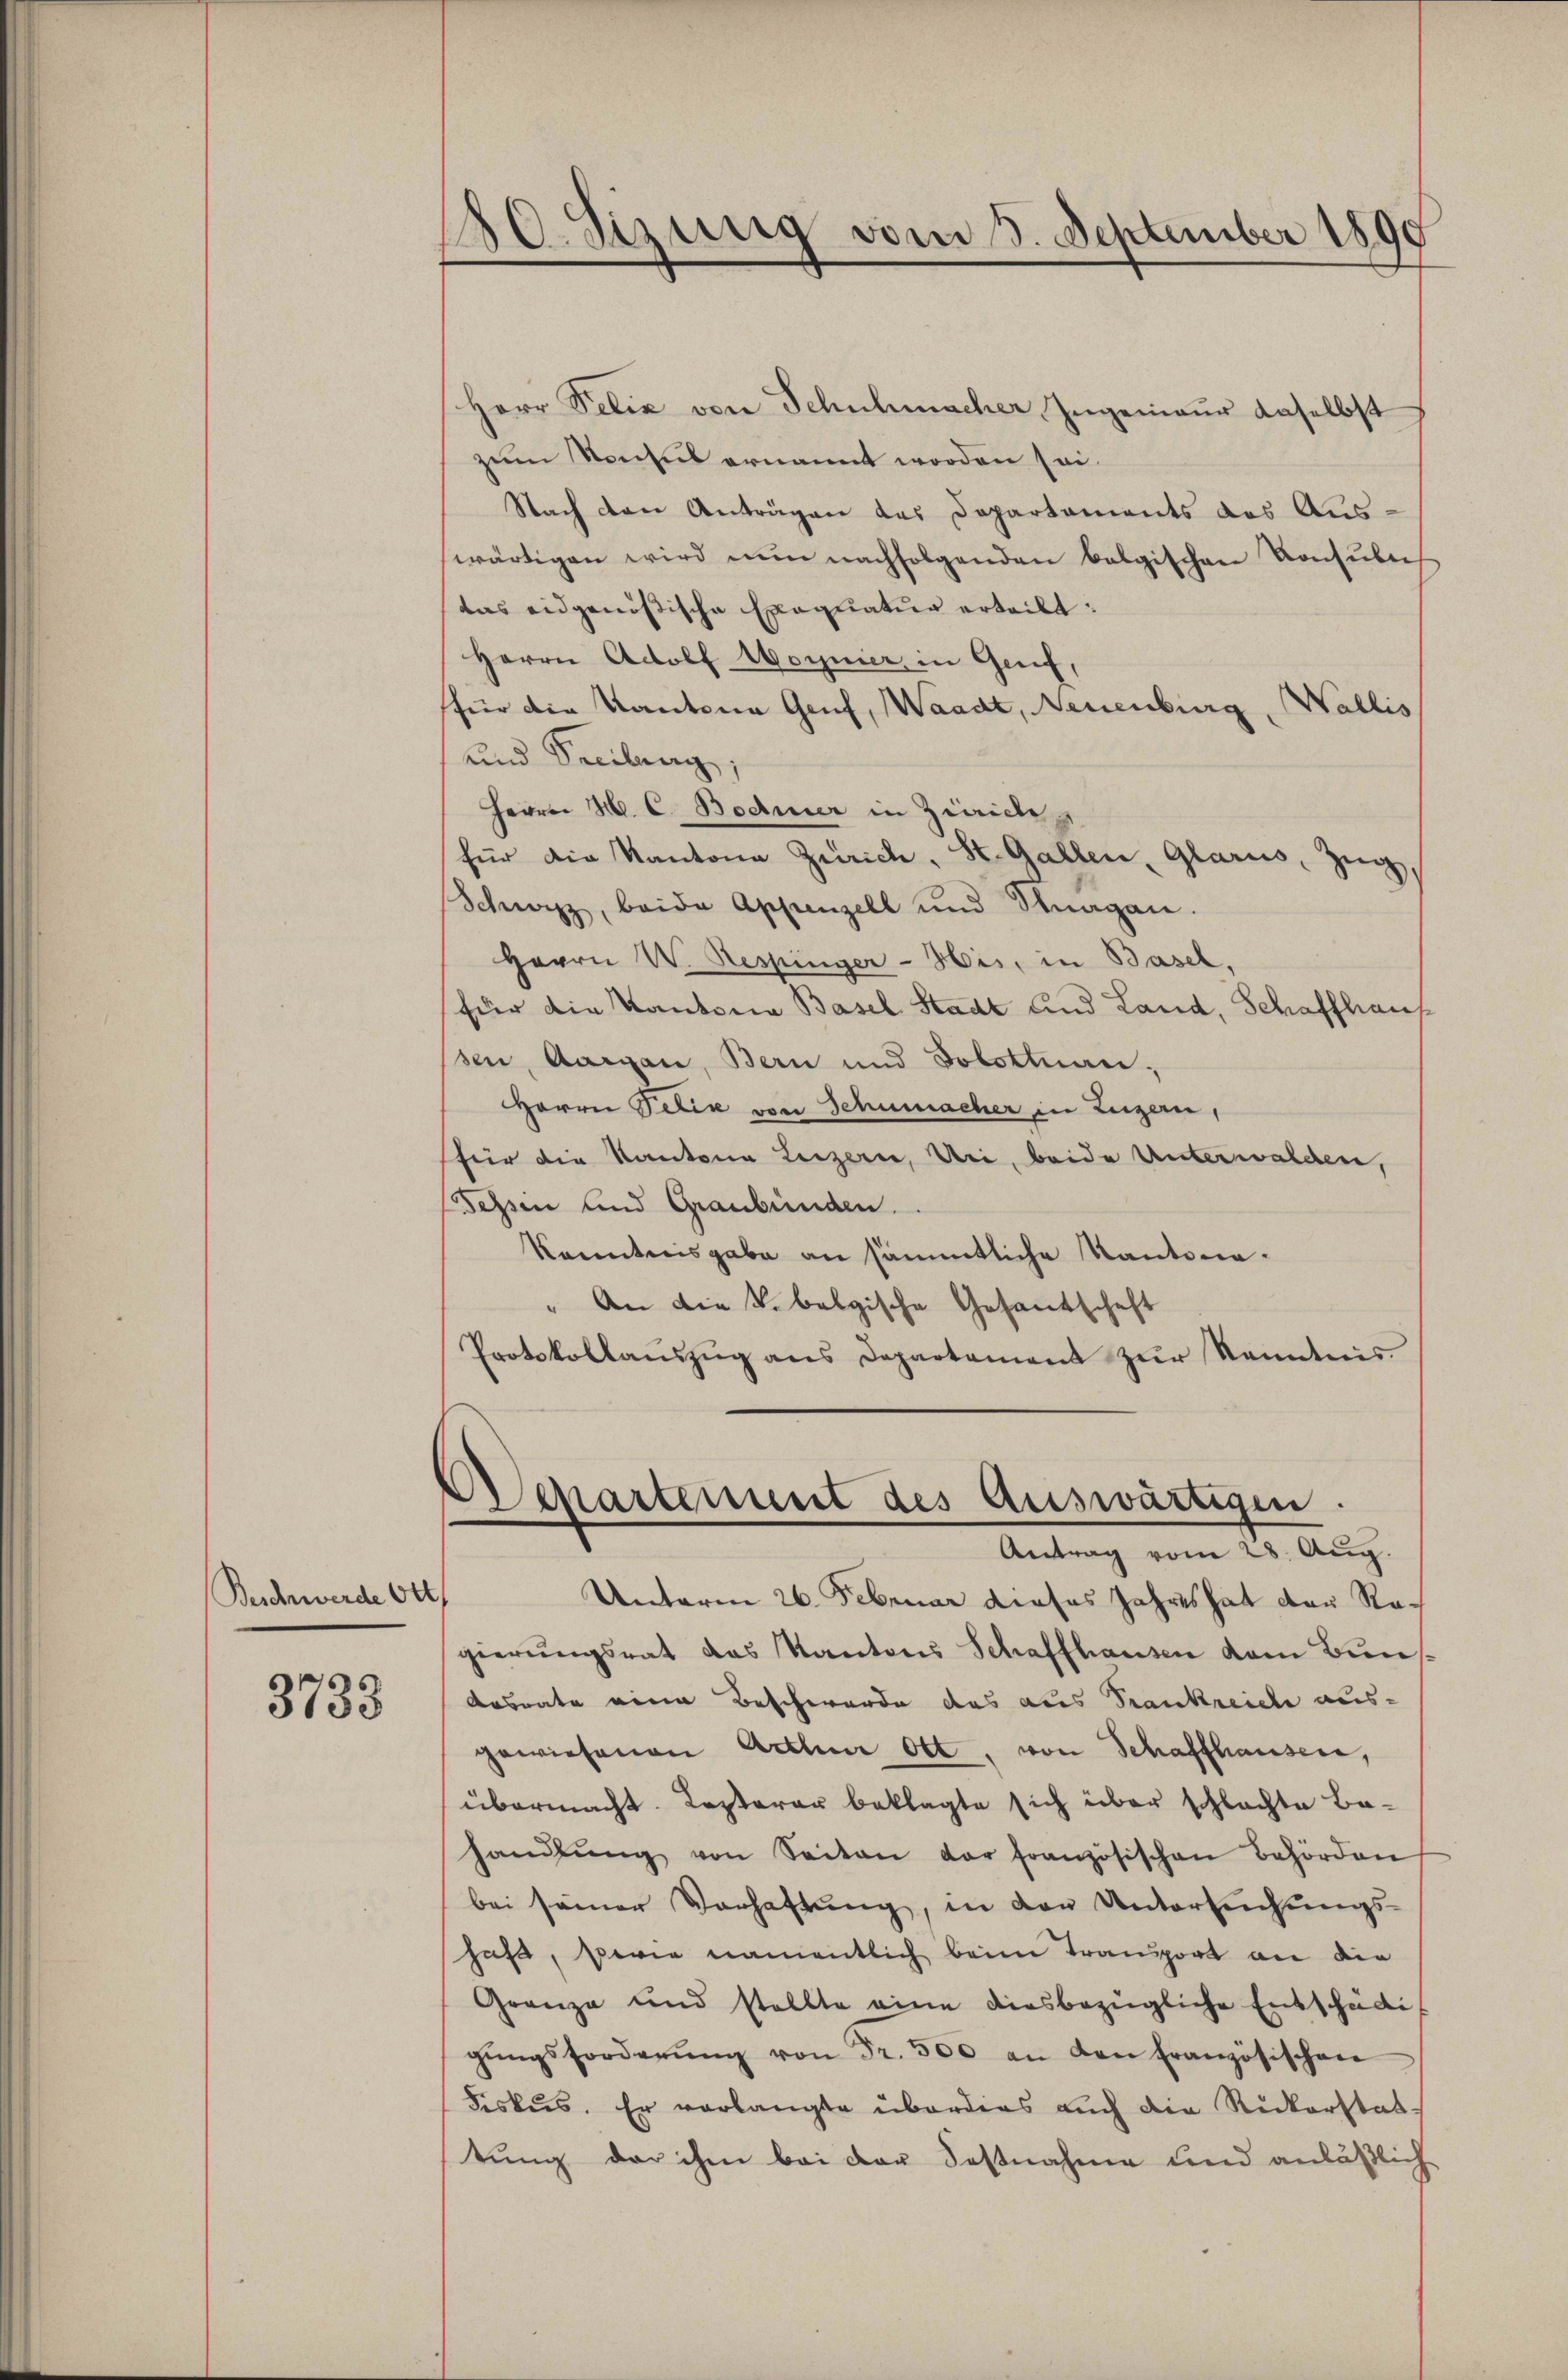
Beschwerde Ott

3733

180. Sizung vom 3. September 1890

Herr Felix von Schulunscher Ingenieur daselbst
zum Konsul ernannt worden sei.
Nach den Anträgen das Departaments das Auswärtigen wird nun nachfolgenden belgischen Konsŭbech
das eidgenössische Exequatur erteilt:
Herrn Adolf Wornier, in Genf,
für die Kantona Genf, Waadt, Neuenburg, Wallis
und Seeilung
Herren H. C. Bodmer in Zürich
für die Kantone Zürich, St. Gallen, Glarus, Zug
Schwyz, beide Appenzell und Stragen.
Herrn V. Respinger-His, in Basel,
für die Kantona Basel Stadt und Land, Schaffhaus
sen, Aargau, Bern und Dorottuar,
Herrn Velix von Schumacher in Luzern,
für die Kantone Luzern, Uri, beide Unterwalden,
Tessin und Graubünden.
kanntnisgabe an sämmtliche Kantona¬
" An die k. belgische Gesantschaft
Protokollauszug aus Departement zur Kenntnis.
Departement des Auswärtigen.
Antrag vom 28. Aug.
Unterm 26. Februar dieses Jahres hat der Regierungsrat das Kantons Schaffhausen vom Buns¬
Ausrate eine Beschwerde das aus Trankreiche aus-
gewiesenen Arthur Ott, von Schaffhausen,
übermacht. Lezterer beklagte sich über schlachte Behandlŭng von Seiten der französischen Behörden
bei seiner Verhaftung, in den Untersuchungs-
hafe, serie namentlich beim Transport an die
Granze und stellte eine diesbezügliche Entschädi
gŭngsforderŭng von Fr. 500 an den Französischen
Fiskus. Er verlangte überdies auch die Rickerstat-
tung der ihm bei der Festnahme und anläßlich